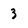
Character: 3